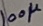
Text: 100µ